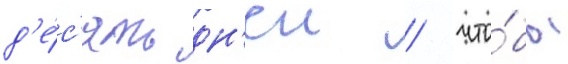
д'е́с'ять дн'еи / что́бы